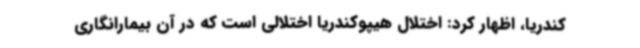
کندریا، اظهار کرد: اختلال هیپوکندریا اختلالی است که در آن بیمارانگاری